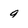
Character: 9